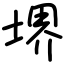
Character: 堺